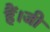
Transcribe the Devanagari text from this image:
हैं।जी